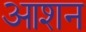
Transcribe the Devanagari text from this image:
आशन